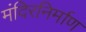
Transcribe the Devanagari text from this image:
मंदिरनिर्माण